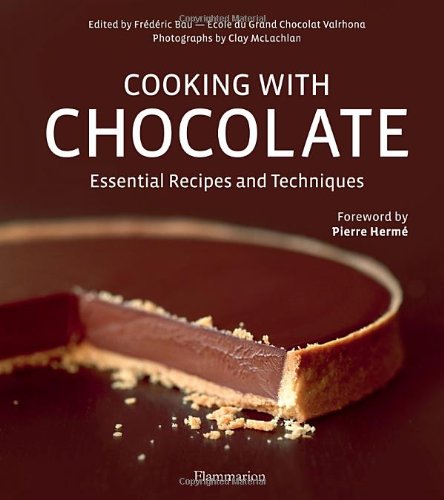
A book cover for Cooking with Chocolate: Essential Recipes and Techniques; Cookbooks, Food & Wine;